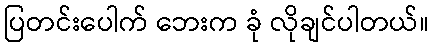
ပြတင်းပေါက် ဘေးက ခုံ လိုချင်ပါတယ်။